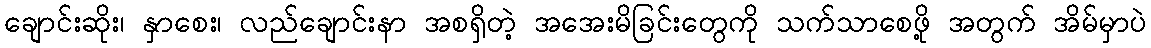
ချောင်းဆိုး၊ နှာစေး၊ လည်ချောင်းနာ အစရှိတဲ့ အအေးမိခြင်းတွေကို သက်သာစေဖို့ အတွက် အိမ်မှာပဲ